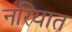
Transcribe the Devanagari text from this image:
नरियात